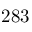
2 8 3